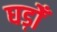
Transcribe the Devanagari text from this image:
घड़ोँ